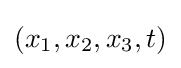
(x_{1},x_{2},x_{3},t)